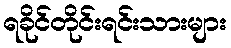
ရခိုင်တိုင်းရင်းသားများ